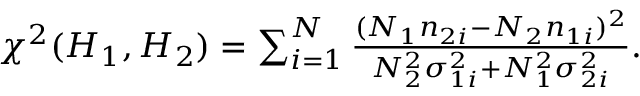
\begin{array} { r } { \chi ^ { 2 } ( H _ { 1 } , H _ { 2 } ) = \sum _ { i = 1 } ^ { N } \frac { ( N _ { 1 } n _ { 2 i } - N _ { 2 } n _ { 1 i } ) ^ { 2 } } { N _ { 2 } ^ { 2 } \sigma _ { 1 i } ^ { 2 } + N _ { 1 } ^ { 2 } \sigma _ { 2 i } ^ { 2 } } . } \end{array}